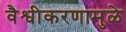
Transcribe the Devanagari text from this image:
वैश्वीकरणामुळे